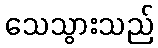
သေသွားသည်